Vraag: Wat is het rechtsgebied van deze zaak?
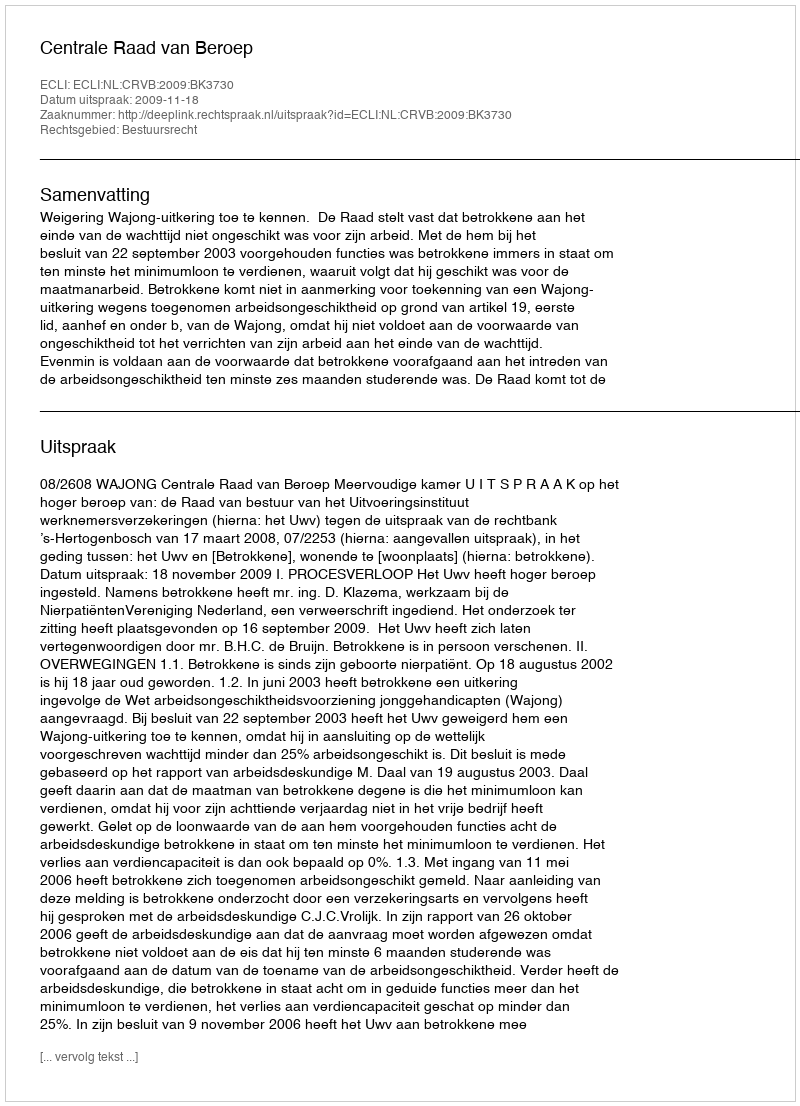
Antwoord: Bestuursrecht